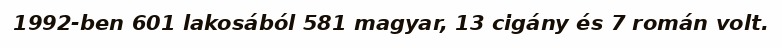
1992-ben 601 lakosából 581 magyar, 13 cigány és 7 román volt.